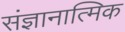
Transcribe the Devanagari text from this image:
संज्ञानात्मिक